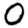
Digit: 0